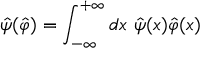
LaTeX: \hat { \psi } ( \hat { \varphi } ) = \int _ { - \infty } ^ { + \infty } d x ~ \hat { \psi } ( x ) \hat { \varphi } ( x )